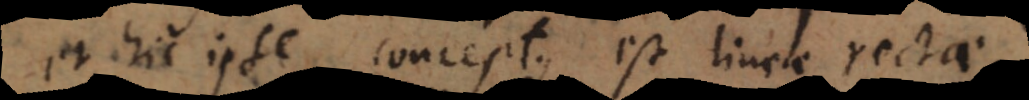
et hic ipse conceptus est lineae rectae